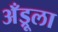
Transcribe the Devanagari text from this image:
अँड्रूला